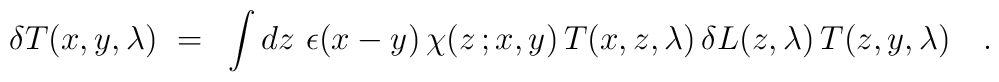
\delta T(x,y,\lambda)~=~\int dz~\epsilon(x-y) \, \chi(z\,;x,y) \,        T(x,z,\lambda) \, \delta L(z,\lambda) \, T(z,y,\lambda)~~~.